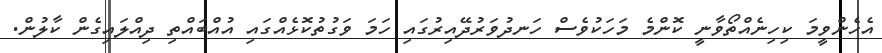
އެހެންވީމަ ކިހިނެއްތޯވާނީ ކޮންމެ މަހަކުވެސް ހަނދުވަރުދޭއިރުގައި ހަމަ ވަގުތުކޮޅެއްގައި އުއްބައްތި ދިއްލައިގެން ކާލުން.